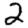
Digit: 2